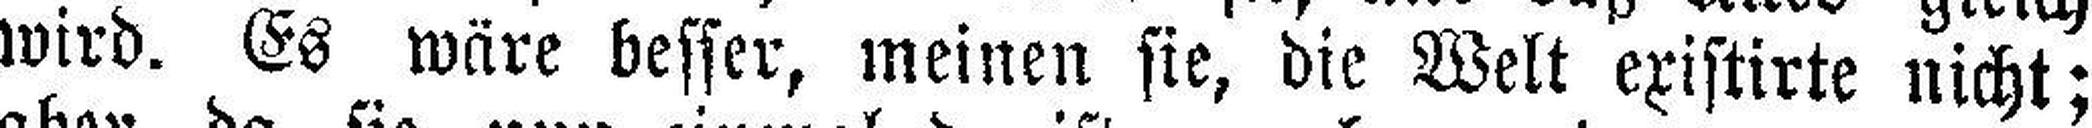
wird. Es wäre besser, meinen sie, die Welt existirte nicht;